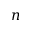
n